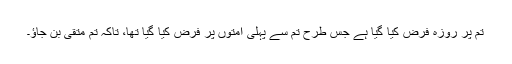
تم پر روزہ فرض کیا گیا ہے جس طرح تم سے پہلی امتوں پر فرض کیا گیا تھا، تاکہ تم متقی بن جاؤ۔